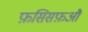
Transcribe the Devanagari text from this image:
फ़सिसफ़औ